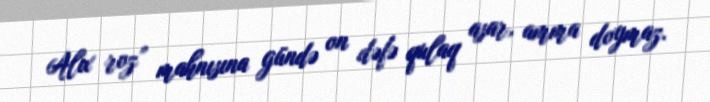
Alıx roz” mahnısına gündə on dəfə qulaq asar, amma doymaz.